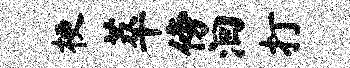
梗萃傍洄打